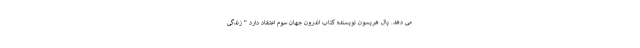
می دهد. پال هریسون نویسنده کتاب اندرون جهان سوم اعتقاد دارد " زندگی